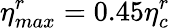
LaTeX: \eta_{max}^{r}=0.45\eta_{c}^{r}